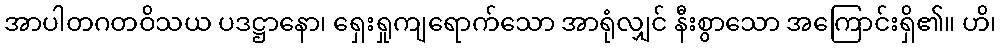
အာပါတဂတဝိသယ ပဒဋ္ဌာနော၊ ရှေးရှုကျရောက်သော အာရုံလျှင် နီးစွာသော အကြောင်းရှိ၏။ ဟိ၊